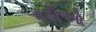
વડીઓ